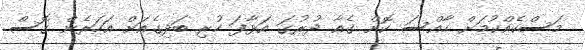
މަސްކެއްކުމަށް ހާއްސަ ކޮށް ގެއާ ދުރުގަ އަޅާފަ ހުރި ބަދިގެއަށް އަހަރެން ގޮސް